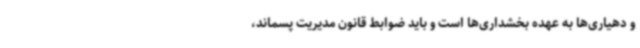
و دهیاری‌ها به عهده بخشداری‌ها است و باید ضوابط قانون مدیریت پسماند،